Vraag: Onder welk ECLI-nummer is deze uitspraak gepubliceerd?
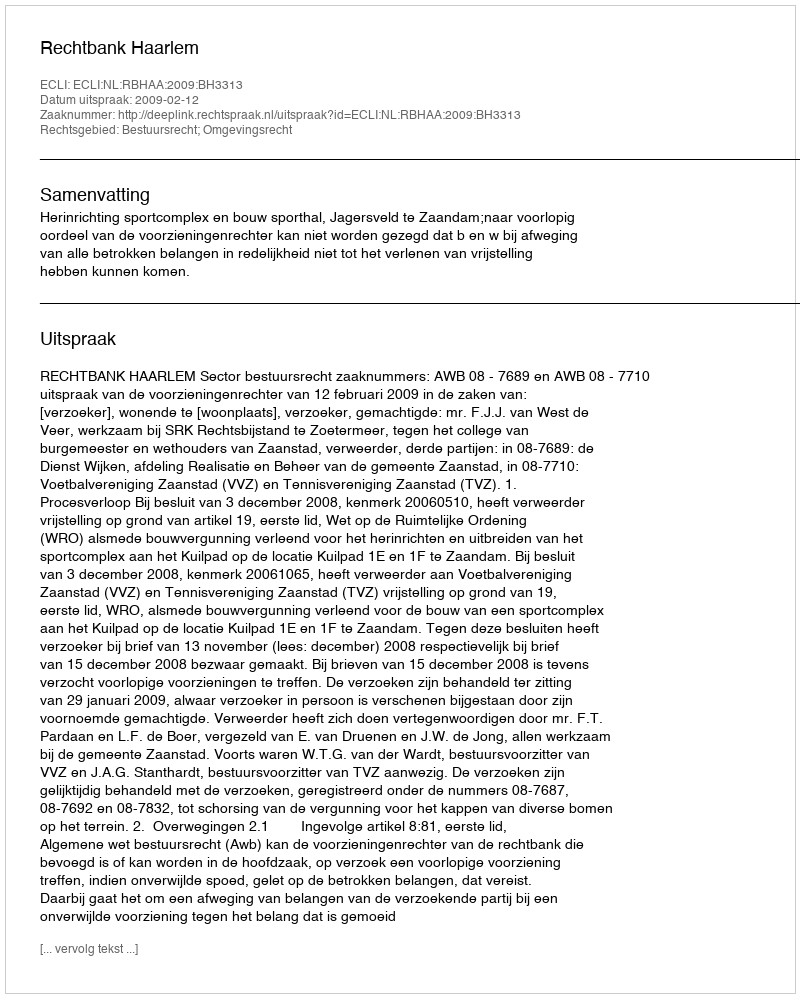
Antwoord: ECLI:NL:RBHAA:2009:BH3313